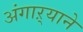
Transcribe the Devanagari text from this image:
अंगाऱ्याने